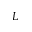
L